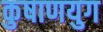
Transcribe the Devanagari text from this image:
कुषाणयुग